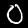
Digit: 0